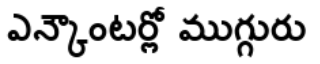
ఎన్కౌంటర్లో ముగ్గురు